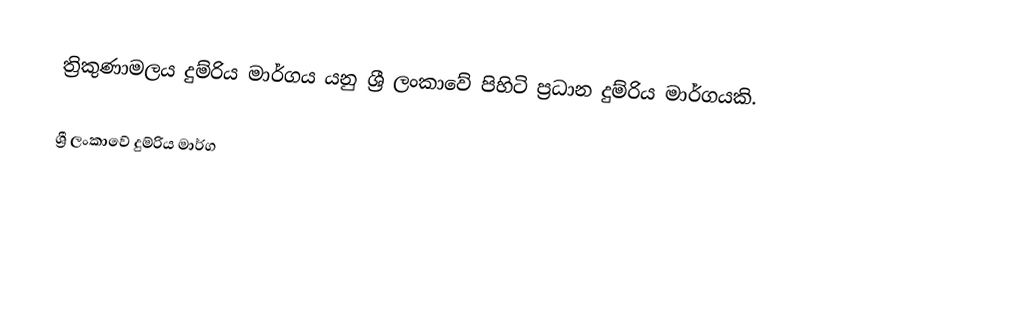
ත්‍රිකුණාමලය දුම්රිය මාර්ගය යනු ශ්‍රී ලංකාවේ පිහිටි ප්‍රධාන දුම්රිය මාර්ගයකි.

ශ්‍රී ලංකාවේ දුම්රිය මාර්ග